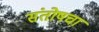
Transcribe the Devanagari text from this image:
संतोषचा